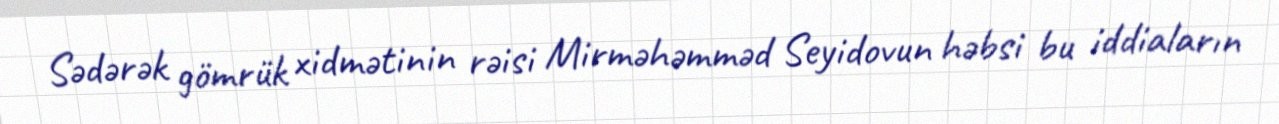
Sədərək gömrük xidmətinin rəisi Mirməhəmməd Seyidovun həbsi bu iddiaların